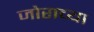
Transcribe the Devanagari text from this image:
जोराच्या